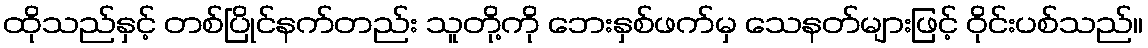
ထိုသည်နှင့် တစ်ပြိုင်နက်တည်း သူတို့ကို ဘေးနှစ်ဖက်မှ သေနတ်များဖြင့် ဝိုင်းပစ်သည်။